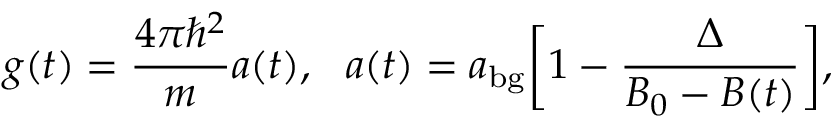
g ( t ) = \frac { 4 \pi \hbar ^ { 2 } } { m } a ( t ) , \, \, \, \, a ( t ) = a _ { \mathrm { b g } } \bigg [ 1 - \frac { \Delta } { B _ { 0 } - B ( t ) } \bigg ] ,